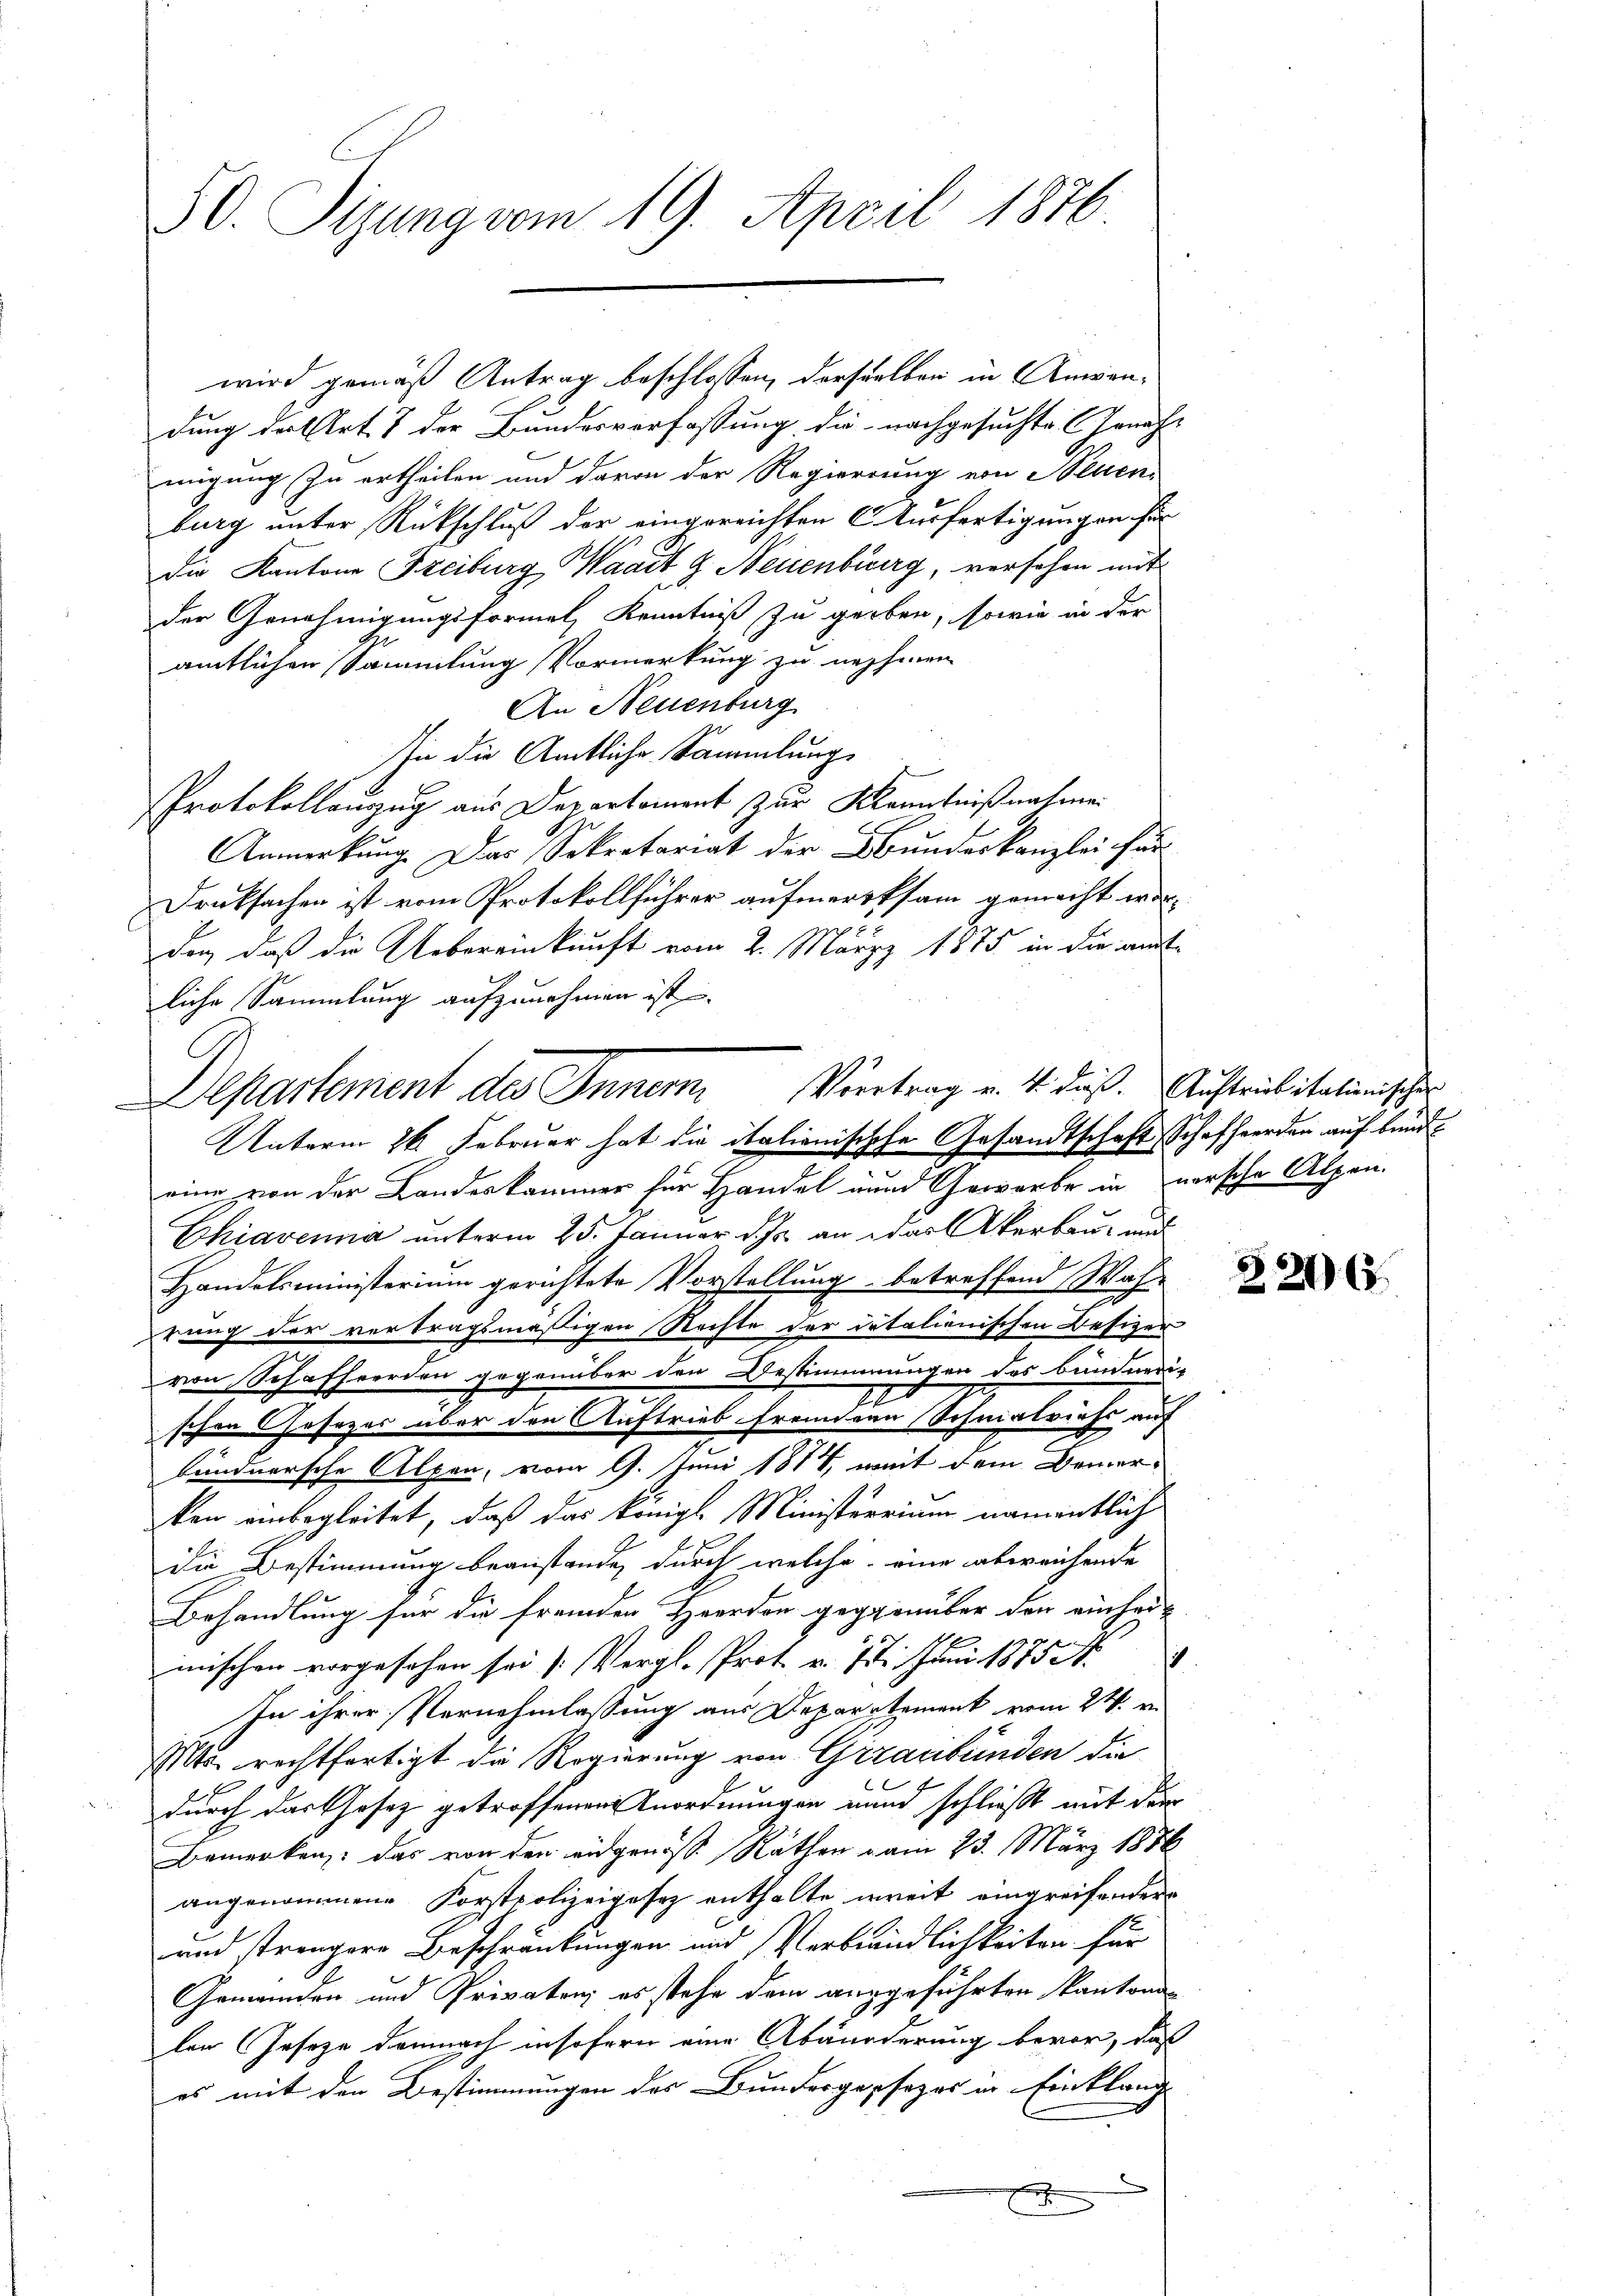
50. Sizung vom 19. April 1876.

dung der Art. 8 der Bundesverfassung die nachgesuchte Geneh-
migung zu ertheilen und davon der Regierung von Neuen
burg unter Rückschluß der eingereichten 6. Ausfertigungen für
Die Kantone Freiburg, Waadt Z. Neuenburg, versehen mit
der Genehmigungsformel, Kenntniß zu geben, sowie in der
amtlichen Sammlung Vormerkung zu nehmen
An Neuenburg
In die Amtliche Sammlung
Protokollauzug aus Departement zur Kenntnißnahme.
Anmerkung. Das Sekretariat der Bundeskanzlei chur
Druksachen ist vom Protokollführer aufmerksam gemacht wor-
den, daß die Uebereinkunft vom 2. März 1875 in die auf
liche Sammlung aufzunehmen ist.
Unterm 26. Februar hat die italienischehe Gesandtschaft Schafherden auf bundeine von der Landeskammer für Handel und Gewerbe in versche Alpen.
Chiavenna unterm 25. Januar d. Js. an das Akerbau- und
Handelsministerium gerichtete Vorstellung betreffend Wahrung der vertragsmäßigen Rechte der italienischen Besizer
von Schafherden gegenüber den Bestimmungen des bündneri-
g
schen Gesezes über den Auftrieb fremden Schnalviehs auf
bündnersche Alpen, vom 9. Juni 1884 weit dem Bemerken einbegleitet, daß das königl. Ministerrium namentlich
die Bestimmung beanstande, durch welche eine abweichende
Behandlung für die fremden Herden gegenüber den ainhaumischen vorgesehen sei (Vergl. Prot. v. 17. Juni 1885 A
In ihrer Vernehmlassung aus Departement vom 24. en
Mts rechtfertigt die Regierung von Graubünden die
durch das Gesetz getroffenen Anordnungen und schließt mit der
Bemerken, das von den eidgenösse Räthen vom 23. März 1886
angenommene Forstpolizeigesez enthalte ereit eingreifender
und strengere Beschränkungen und Verbrundlichkeiten für
Gemeinden und Privaten; es stehe dem ausgeführten Kantonen
len (Jeseze demnach insofern eine Abänderung bevor, daß
es mit den Bestimmungen des Bundergersezes in Einklang
f

wird gemäß Antrag beschlossen, derselber in Ansan¬

Departement des Inner. Vertrag v. 4. dieß. Austribitationischer

22163.